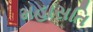
મહાસતિ